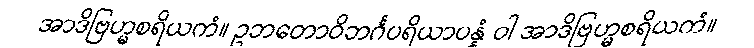
အာဒိဗြဟ္မစရိယကံ။ ဥဘတောဝိဘင်္ဂပရိယာပန္နံ ဝါ အာဒိဗြဟ္မစရိယကံ။